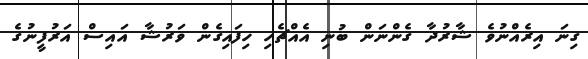
ގިނަ އިރެއްނުވެ ޝާރުދާ ގެންނަން ބުނި އެއްޗެހި ހިފައިގެން ވަރުޝާ އައިސް އަރުފީނުގެ